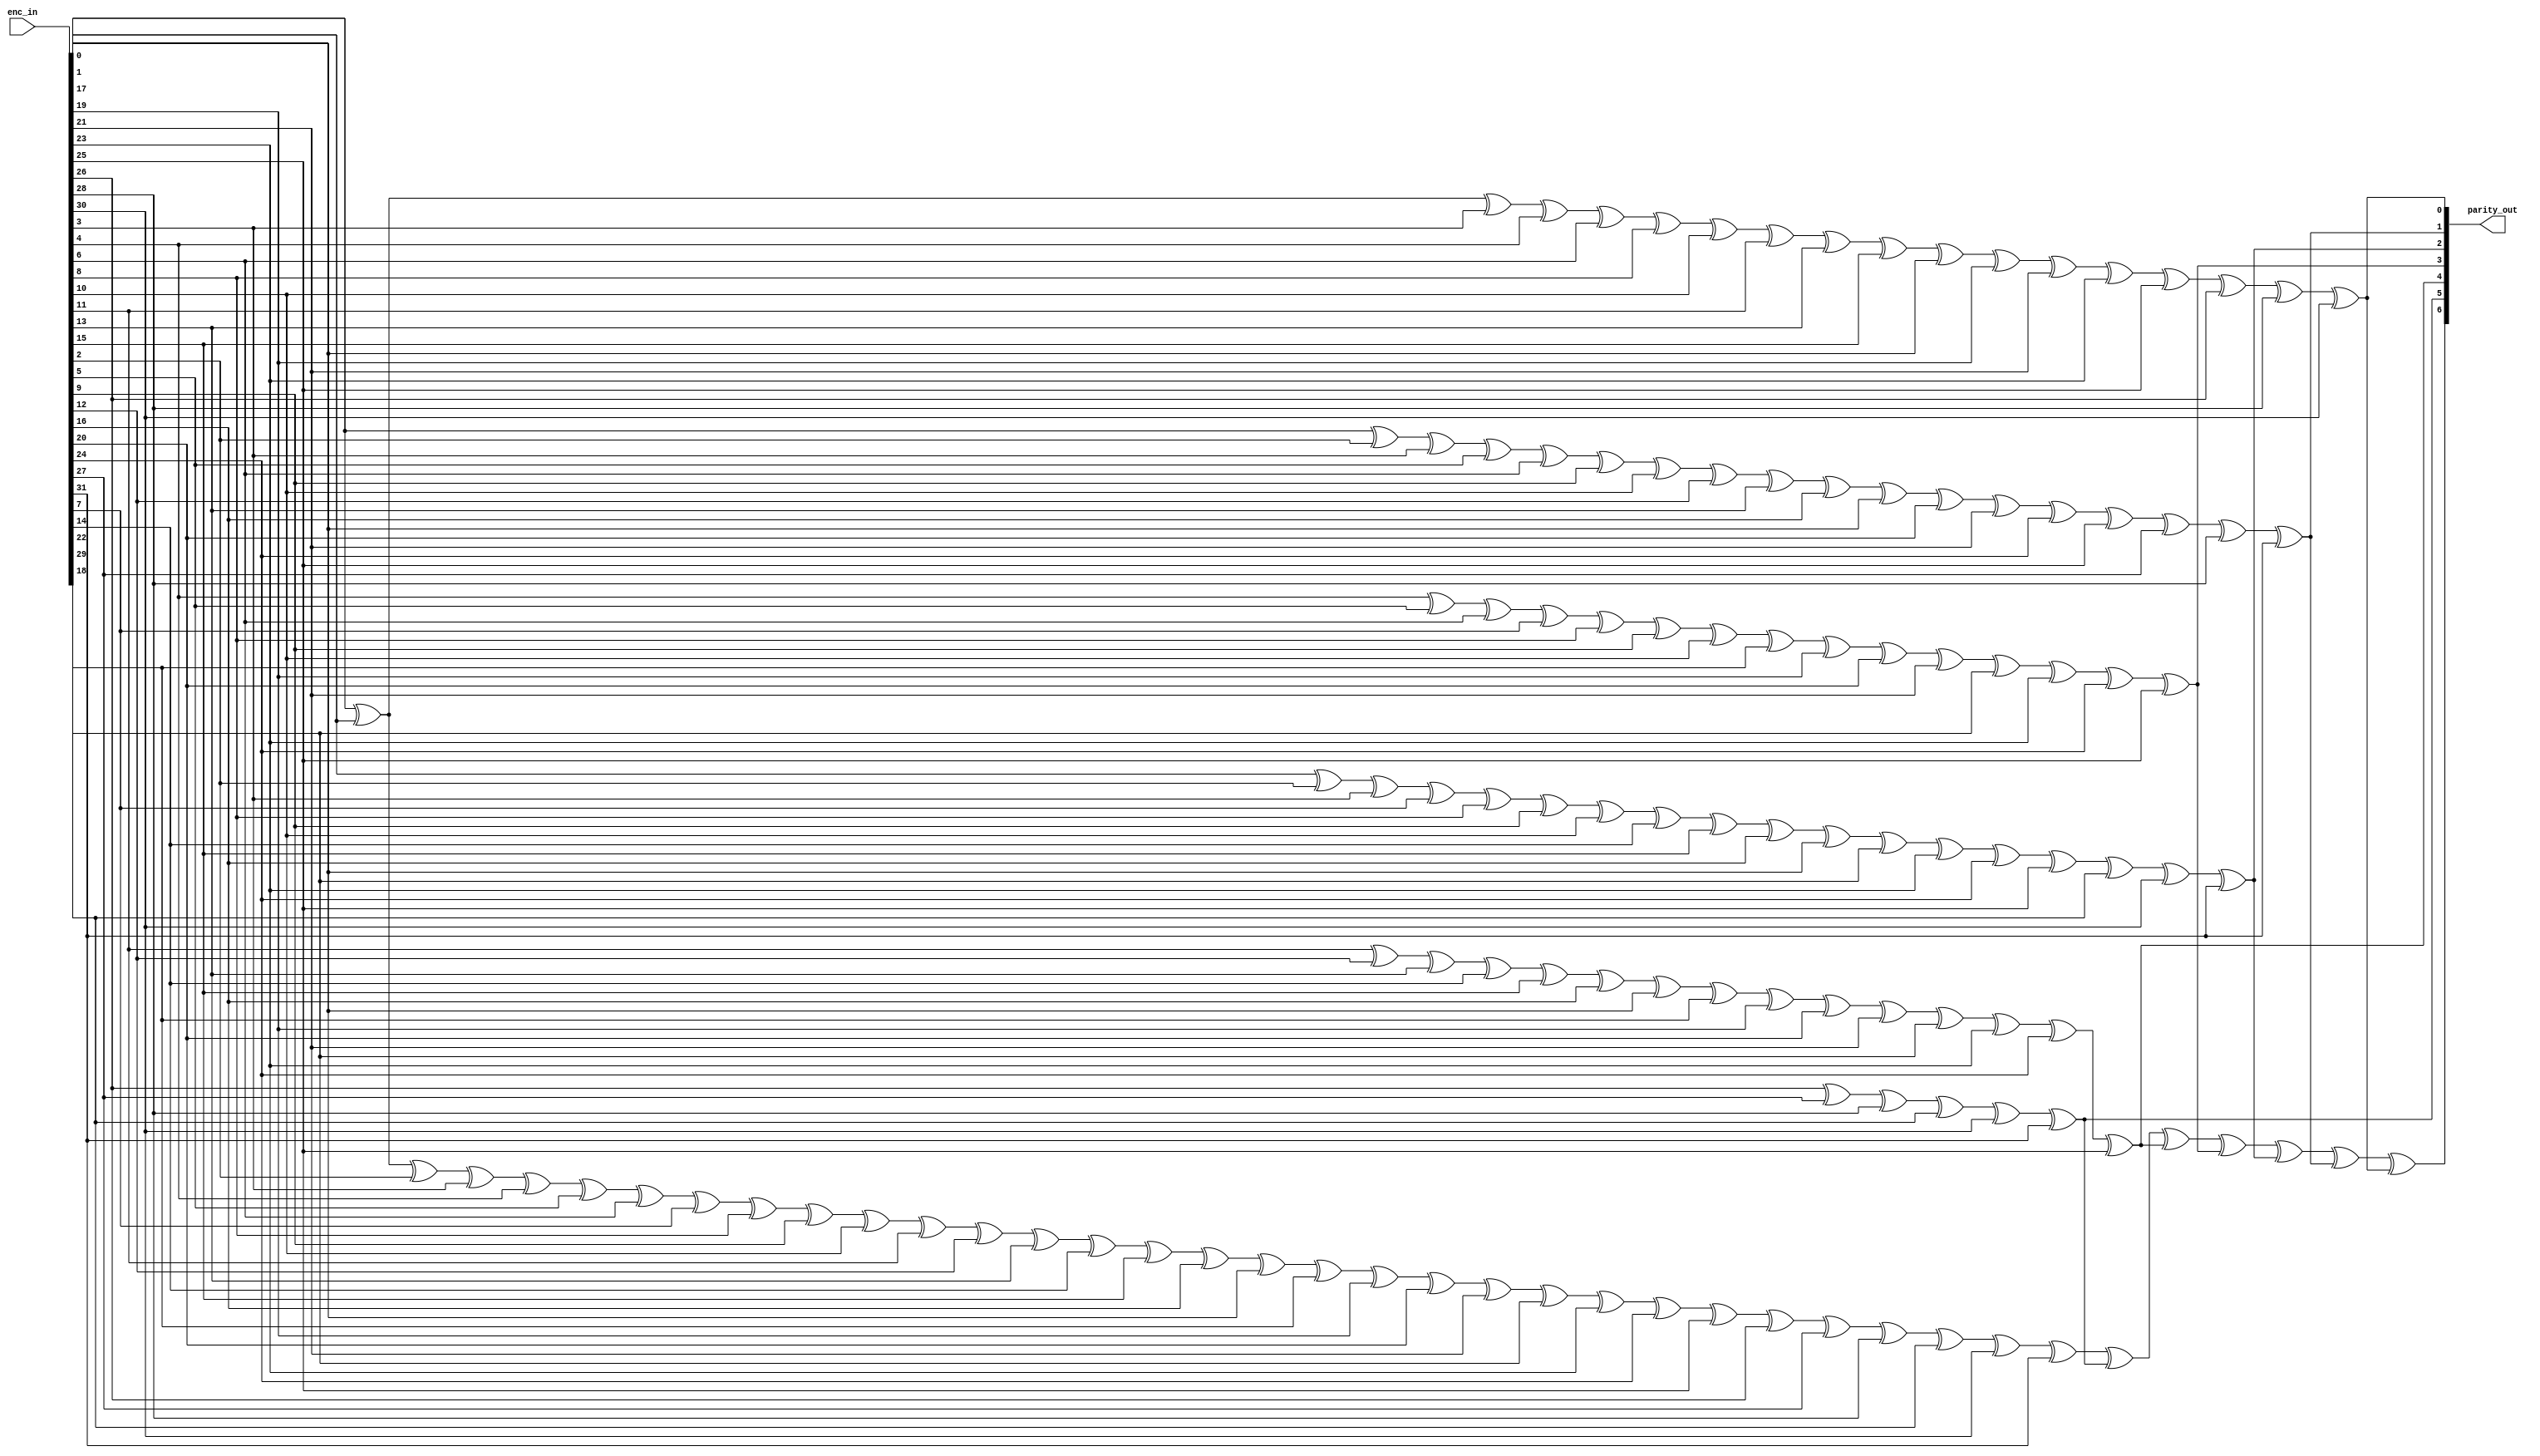
`timescale 1ns / 1ps
//-------------------------------------------------------------------------------------------------------------------
// 	ECC 32-data/7-parity Encoder
//	02/19/09	Initial copied from Xilinx xapp645 top_32b_EDC.v
//	02/23/09	Removed FFs + reorganized into separate ecoder/decoder sections
//	07/26/10	Port to ise 12
//-------------------------------------------------------------------------------------------------------------------
	module ecc32_encoder (
	enc_in,
	parity_out
	);
//-------------------------------------------------------------------------------------------------------------------
// Ports
//-------------------------------------------------------------------------------------------------------------------
	input	[31:0]	enc_in;
	output	[6:0]	parity_out;

//-------------------------------------------------------------------------------------------------------------------
// Encoder checkbit generator equations
//-------------------------------------------------------------------------------------------------------------------
	wire [6:0]	enc_chk;

	assign enc_chk[0] = enc_in[0]  ^ enc_in[1]  ^ enc_in[3]  ^ enc_in[4]  ^ enc_in[6]  ^ enc_in[8]  ^ enc_in[10] ^ enc_in[11] ^ enc_in[13] ^ enc_in[15] ^ enc_in[17] ^ enc_in[19] ^ enc_in[21] ^ enc_in[23] ^ enc_in[25] ^ enc_in[26] ^ enc_in[28] ^ enc_in[30];
	assign enc_chk[1] = enc_in[0]  ^ enc_in[2]  ^ enc_in[3]  ^ enc_in[5]  ^ enc_in[6]  ^ enc_in[9]  ^ enc_in[10] ^ enc_in[12] ^ enc_in[13] ^ enc_in[16] ^ enc_in[17] ^ enc_in[20] ^ enc_in[21] ^ enc_in[24] ^ enc_in[25] ^ enc_in[27] ^ enc_in[28] ^ enc_in[31];
	assign enc_chk[2] = enc_in[1]  ^ enc_in[2]  ^ enc_in[3]  ^ enc_in[7]  ^ enc_in[8]  ^ enc_in[9]  ^ enc_in[10] ^ enc_in[14] ^ enc_in[15] ^ enc_in[16] ^ enc_in[17] ^ enc_in[22] ^ enc_in[23] ^ enc_in[24] ^ enc_in[25] ^ enc_in[29] ^ enc_in[30] ^ enc_in[31];
	assign enc_chk[3] = enc_in[4]  ^ enc_in[5]  ^ enc_in[6]  ^ enc_in[7]  ^ enc_in[8]  ^ enc_in[9]  ^ enc_in[10] ^ enc_in[18] ^ enc_in[19] ^ enc_in[20] ^ enc_in[21] ^ enc_in[22] ^ enc_in[23] ^ enc_in[24] ^ enc_in[25];
	assign enc_chk[4] = enc_in[11] ^ enc_in[12] ^ enc_in[13] ^ enc_in[14] ^ enc_in[15] ^ enc_in[16] ^ enc_in[17] ^ enc_in[18] ^ enc_in[19] ^ enc_in[20] ^ enc_in[21] ^ enc_in[22] ^ enc_in[23] ^ enc_in[24] ^ enc_in[25];
	assign enc_chk[5] = enc_in[26] ^ enc_in[27] ^ enc_in[28] ^ enc_in[29] ^ enc_in[30] ^ enc_in[31];
	assign enc_chk[6] =
	enc_in[0]  ^ enc_in[1]  ^ enc_in[2]  ^ enc_in[3]  ^ enc_in[4]  ^ enc_in[5]  ^ enc_in[6]  ^ enc_in[7]  ^
	enc_in[8]  ^ enc_in[9]  ^ enc_in[10] ^ enc_in[11] ^ enc_in[12] ^ enc_in[13] ^ enc_in[14] ^ enc_in[15] ^
	enc_in[16] ^ enc_in[17] ^ enc_in[18] ^ enc_in[19] ^ enc_in[20] ^ enc_in[21] ^ enc_in[22] ^ enc_in[23] ^
	enc_in[24] ^ enc_in[25] ^ enc_in[26] ^ enc_in[27] ^ enc_in[28] ^ enc_in[29] ^ enc_in[30] ^ enc_in[31] ^
	enc_chk[5] ^ enc_chk[4] ^ enc_chk[3] ^ enc_chk[2] ^ enc_chk[1] ^ enc_chk[0];

	assign parity_out[6:0] = enc_chk[6:0];

//-------------------------------------------------------------------------------------------------------------------
	endmodule
//-------------------------------------------------------------------------------------------------------------------